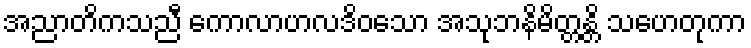
အညာတိကသညီ ကောလာဟလဒိဝသော အသုဘနိမိတ္တန္တိ သဟေတုကာ